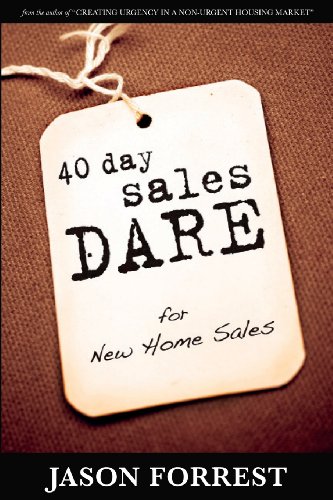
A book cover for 40 Day Sales Dare for New Home Sales; Jason Forrest; Business & Money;